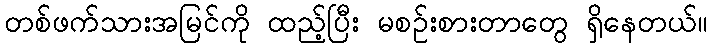
တစ်ဖက်သားအမြင်ကို ထည့်ပြီး မစဉ်းစားတာတွေ ရှိနေတယ်။